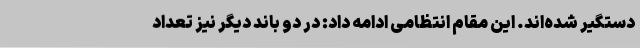
دستگیر شده‌اند. این مقام انتظامی ادامه داد: در دو باند دیگر نیز تعداد